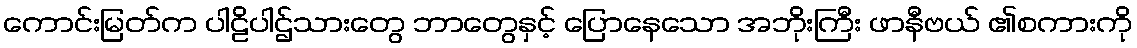
ကောင်းမြတ်က ပါဠိပါဌ်သားတွေ ဘာတွေနှင့် ပြောနေသော အဘိုးကြီး ဖာနီဗယ် ၏စကားကို